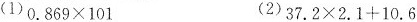
(1)$$0.869 \times 101$$ (2)$$37.2\times 2.1+10.6$$